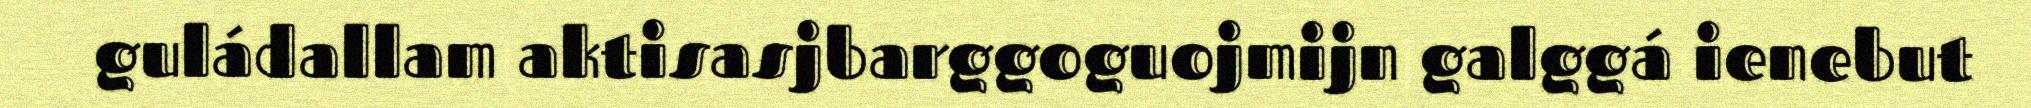
guládallam aktisasjbarggoguojmijn galggá ienebut